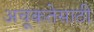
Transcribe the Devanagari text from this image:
अचूकतेसाठी